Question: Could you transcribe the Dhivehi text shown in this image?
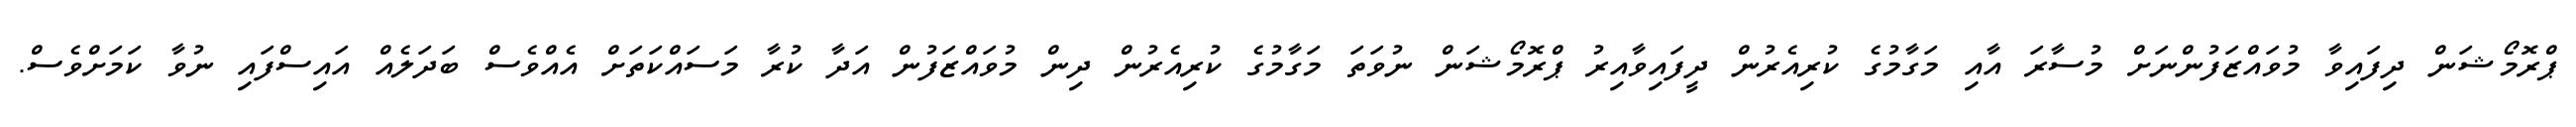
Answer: ޕްރޮމޯޝަން ދިފައިވާ މުވައްޒަފުންނަށް މުސާރަ އާއި މަގާމުގެ ކުރިއެރުން ދީފައިވާއިރު ޕްރޮމޯޝަން ނުވަތަ މަގާމުގެ ކުރިއެރުން ދިން މުވައްޒަފުން އަދާ ކުރާ މަސައްކަތަށް އެއްވެސް ބަދަލެއް އައިސްފައި ނުވާ ކަމަށްވެސް.